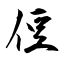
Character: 侸